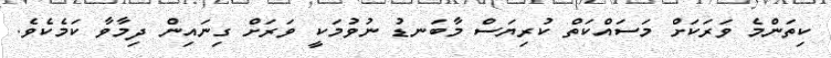
ކިތަންމެ ވަރަކަށް މަސައްކަތް ކުރިޔަސް މާބަނޑު ނުވުމަކީ ވަރަށް ގިނައިން ދިމާވާ ކަމެކެވެ.